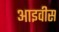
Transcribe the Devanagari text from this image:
आइवीस